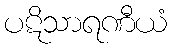
ပဋိသာရဏီယံ